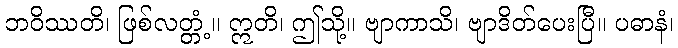
ဘဝိဿတိ၊ ဖြစ်လတ္တံ့။ ဣတိ၊ ဤသို့။ ဗျာကာသိ၊ ဗျာဒိတ်ပေးပြီ။ ပဓာနံ၊